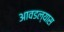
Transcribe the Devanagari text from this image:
आवडल्यास